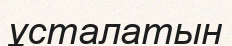
ұсталатын